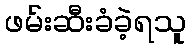
ဖမ်းဆီးခံခဲ့ရသူ